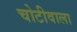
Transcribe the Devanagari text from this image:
चोटीवाला